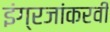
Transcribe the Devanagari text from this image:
इंग्रजांकरवी